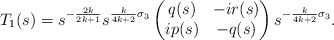
\begin{align*}T_1(s)=s^{-\frac{2k}{2k+1}} s^{\frac{k}{4k+2}\sigma_3} \begin{pmatrix}q(s)&-i r(s)\\i p(s)&-q(s)\end{pmatrix}s^{-\frac{k}{4k+2}\sigma_3}.\end{align*}